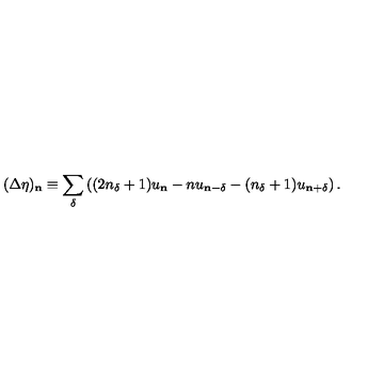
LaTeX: ( \Delta \eta ) _ { \mathbf { n } } \equiv \sum _ { \delta } \left( ( 2 n _ { \delta } + 1 ) u _ { \mathbf { n } } - n u _ { \mathbf { n } - \delta } - ( n _ { \delta } + 1 ) u _ { \mathbf { n } + \delta } \right) .